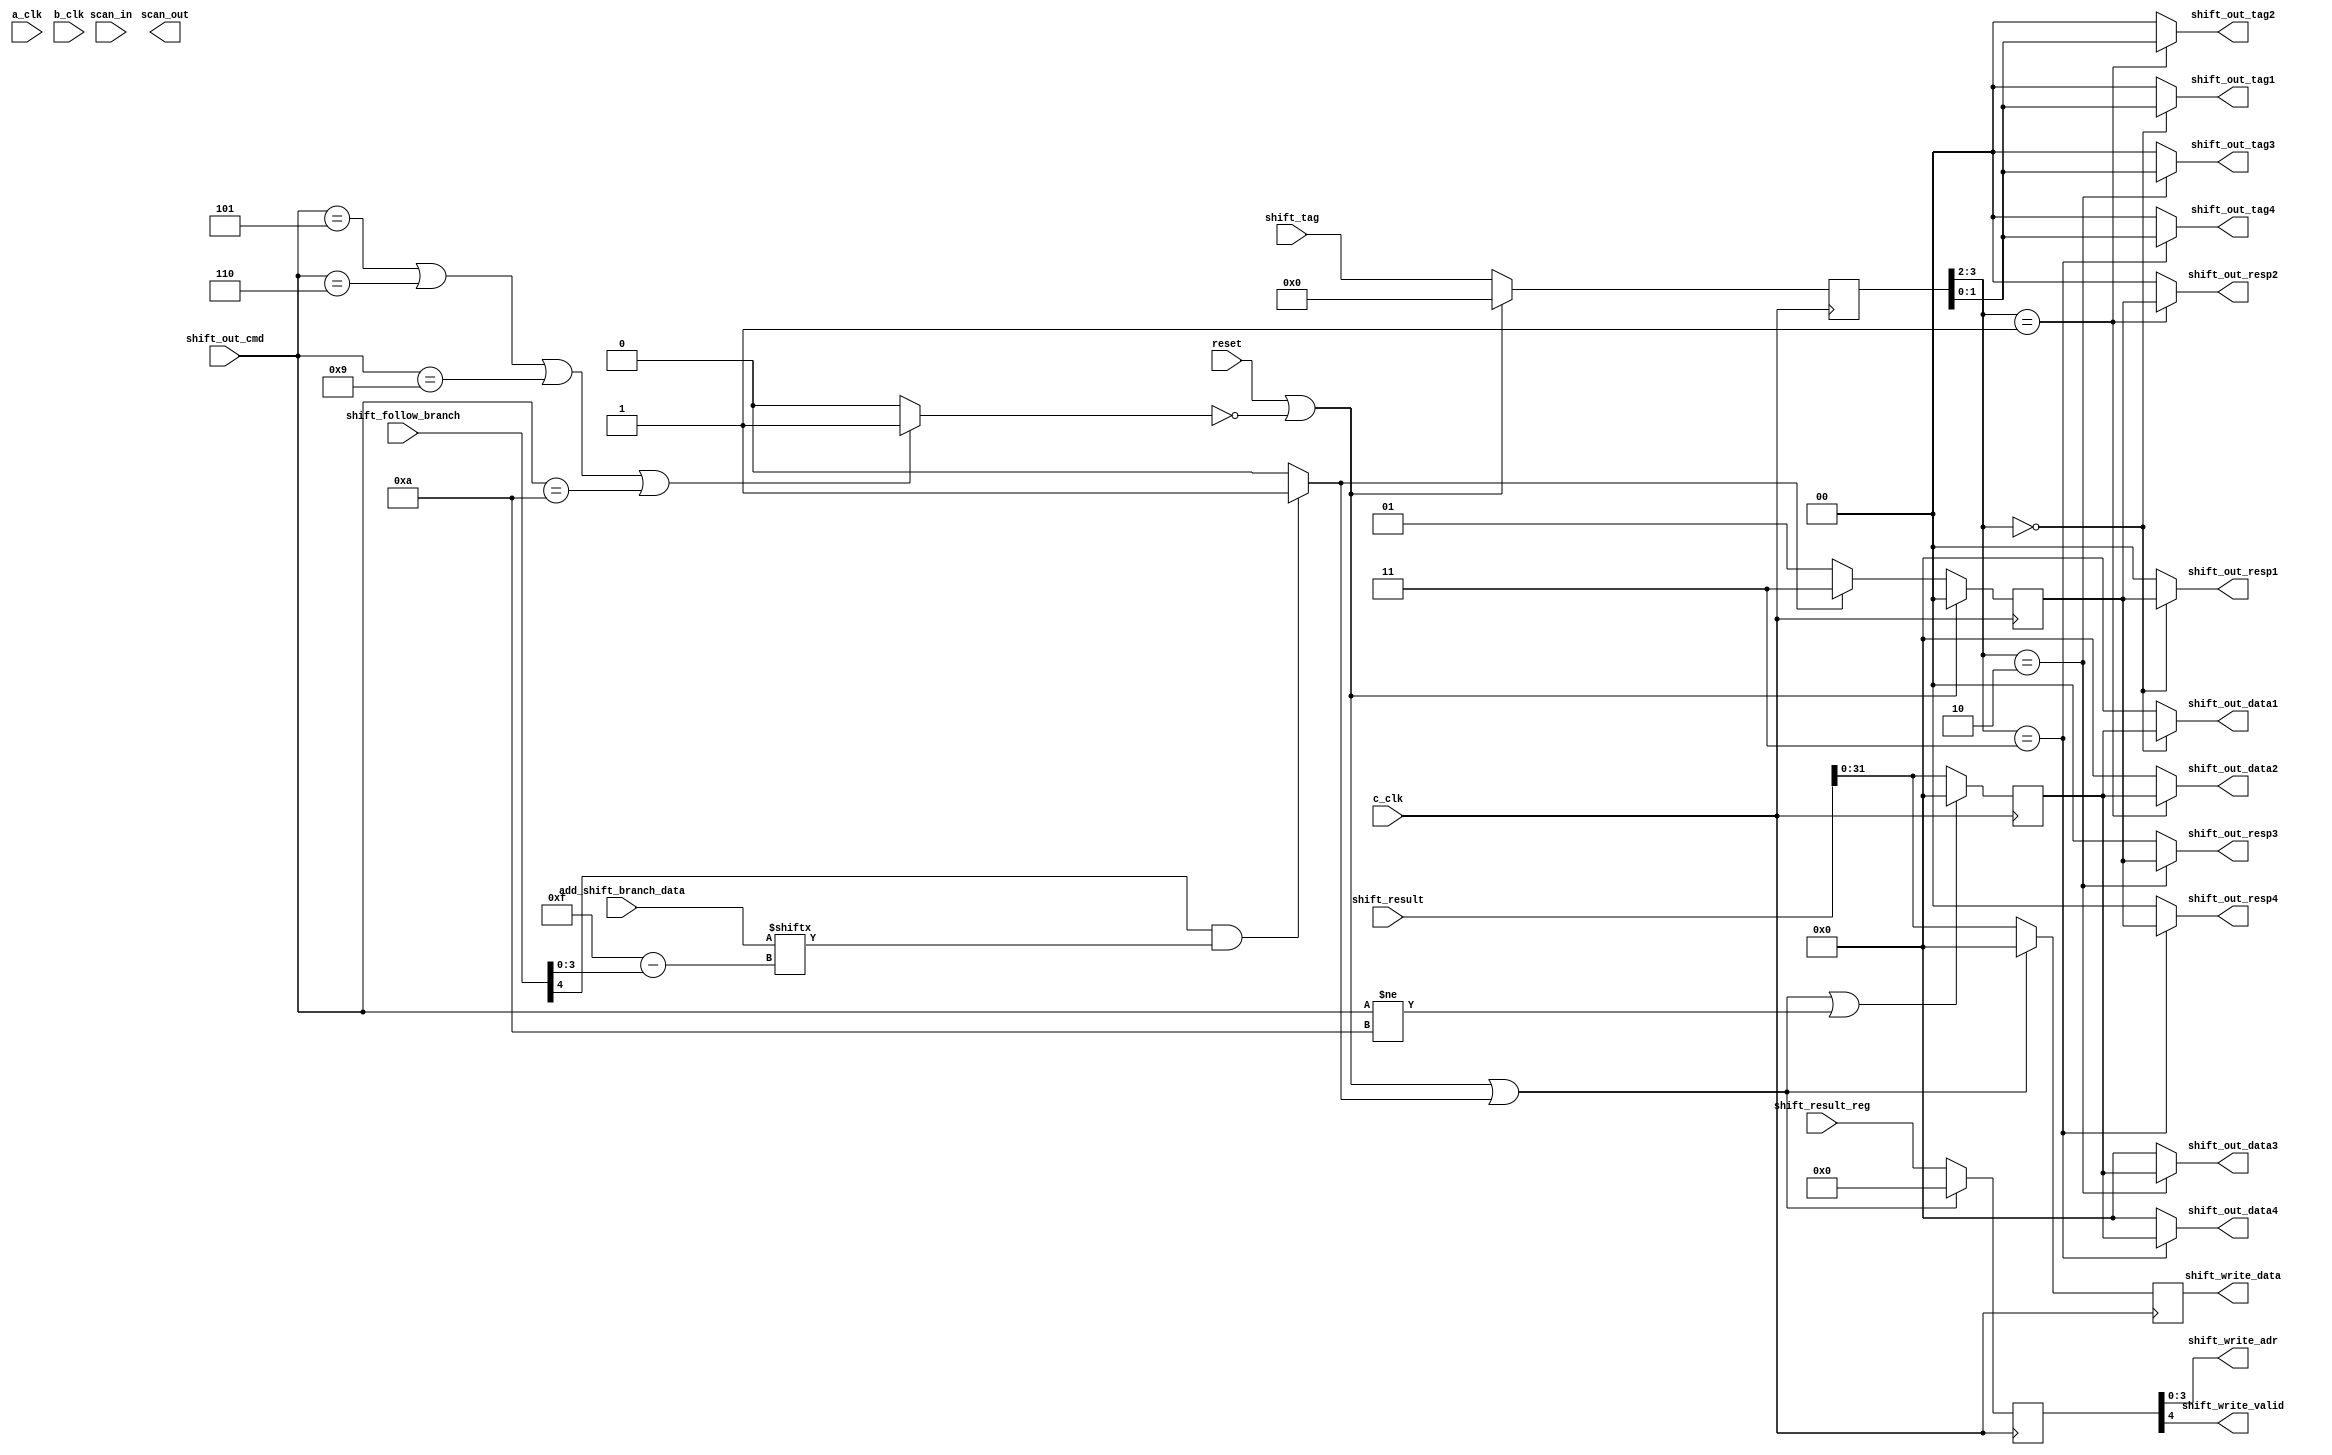
// Library:  calc3
// Module:  Shifter Output Stage

module shift_output_stage(scan_out, shift_out_data1, shift_out_data2, shift_out_data3, shift_out_data4, shift_out_resp1, shift_out_resp2, shift_out_resp3, shift_out_resp4, shift_out_tag1,  shift_out_tag2,  shift_out_tag3,  shift_out_tag4, shift_write_adr, shift_write_data, shift_write_valid, a_clk, add_shift_branch_data, b_clk, c_clk, reset, scan_in, shift_follow_branch, shift_out_cmd, shift_result, shift_result_reg, shift_tag);

   output scan_out, shift_write_valid;
   output [0:31] shift_out_data1, shift_out_data2, shift_out_data3, shift_out_data4, shift_write_data;
   output [0:1] 	 shift_out_resp1, shift_out_resp2, shift_out_resp3, shift_out_resp4, shift_out_tag1,  shift_out_tag2,  shift_out_tag3,  shift_out_tag4;
   output [0:3] 	 shift_write_adr;

   input 		 a_clk, b_clk, c_clk, reset, scan_in;
   input [0:15] 	 add_shift_branch_data;
   input [0:4] 		 shift_follow_branch, shift_result_reg;
   input [0:3] 		 shift_out_cmd, shift_tag;
   input [0:63] 	 shift_result;

   wire			 valid_cmd, skip_cmd;
   reg [0:1] 		 hold_resp;
   reg [0:3] 		 hold_tag;
   reg [0:4] 		 hold_result_reg;
   reg [0:31] 		 hold_reg_data, hold_out_data;

   assign 		 valid_cmd = ((shift_out_cmd == 4'b0101) || (shift_out_cmd == 4'b0110) || (shift_out_cmd == 4'b1001) || (shift_out_cmd == 4'b1010)) ? 1'b1 : 1'b0;

   assign 		 skip_cmd = ( shift_follow_branch[0] && (add_shift_branch_data[shift_follow_branch[1:4]]) ) ? 1'b1 : 1'b0;

   always
     @ (negedge c_clk) begin
	hold_result_reg[0:4] <= ( reset || ~valid_cmd || skip_cmd ) ? 5'b0 : shift_result_reg;

	hold_tag[0:3] <= (reset || ~valid_cmd) ? 4'b0 : shift_tag[0:3];

	hold_resp[0:1] <= ( reset || ~valid_cmd) ? 2'b0 : (skip_cmd) ? 2'b11 : 2'b01;

	hold_reg_data[0:31] <= (reset || ~valid_cmd || skip_cmd) ? 32'b0 : shift_result[32:63];

	hold_out_data[0:31] <= (reset || ~valid_cmd || skip_cmd || (shift_out_cmd != 4'b1010)) ? 32'b0 : shift_result[32:63];
     end // always @ (negedge c_clk)
				
   assign shift_write_adr[0:3] = hold_result_reg[1:4];
   assign shift_write_data[0:31] = hold_reg_data[0:31];
   assign shift_write_valid = hold_result_reg[0];

   assign shift_out_resp1 = (hold_tag[0:1] == 'b00) ? hold_resp : 'b00;
   assign shift_out_resp2 = (hold_tag[0:1] == 'b01) ? hold_resp : 'b00;
   assign shift_out_resp3 = (hold_tag[0:1] == 'b10) ? hold_resp : 'b00;
   assign shift_out_resp4 = (hold_tag[0:1] == 'b11) ? hold_resp : 'b00;

   assign shift_out_data1 = (hold_tag[0:1] == 'b00) ? hold_out_data : 32'b0;
   assign shift_out_data2 = (hold_tag[0:1] == 'b01) ? hold_out_data : 32'b0;
   assign shift_out_data3 = (hold_tag[0:1] == 'b10) ? hold_out_data : 32'b0;
   assign shift_out_data4 = (hold_tag[0:1] == 'b11) ? hold_out_data : 32'b0;
   
   assign shift_out_tag1 = (hold_tag[0:1] == 'b00) ? hold_tag[2:3] : 'b00;
   assign shift_out_tag2 = (hold_tag[0:1] == 'b01) ? hold_tag[2:3] : 'b00;
   assign shift_out_tag3 = (hold_tag[0:1] == 'b10) ? hold_tag[2:3] : 'b00;
   assign shift_out_tag4 = (hold_tag[0:1] == 'b11) ? hold_tag[2:3] : 'b00;
   
endmodule // shift_output_stage